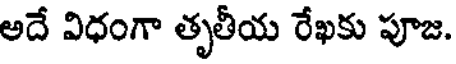
అదే విధంగా తృతీయ రేఖకు పూజ.